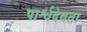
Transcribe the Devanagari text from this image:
पार्श्वदेवता